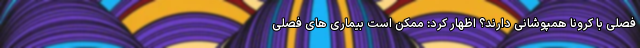
فصلی با کرونا همپوشانی دارند؟ اظهار کرد: ممکن است بیماری های فصلی